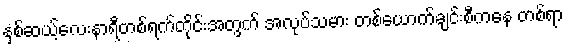
နှစ်ဆယ့်လေးနာရီတစ်ရက်တိုင်းအတွက် အလုပ်သမား တစ်ယောက်ချင်းစီကနေ တစ်ရာ